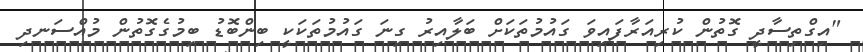
"އިގްތިސާދީ ގޮތުން ކުރިއަރާފައިވަ ގައުމުތަކަށް ބަލާއިރު ގިނަ ގައުމުތަކަކީ ބިންބޮޑު ބިމުގެގޮތުން މުއްސަނދި